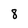
Character: 8